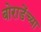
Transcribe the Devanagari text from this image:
बोराडेंच्या